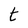
Character: t